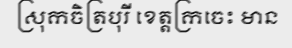
ស្រុកចិត្របុរី ខេត្តក្រចេះ មាន